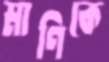
মাণিকে